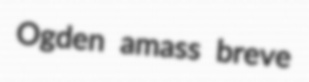
Ogden amass breve